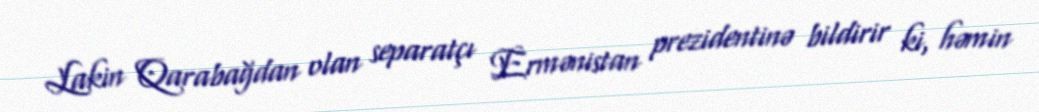
Lakin Qarabağdan olan separatçı Ermənistan prezidentinə bildirir ki, həmin